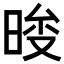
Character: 𣇚